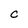
Character: c